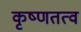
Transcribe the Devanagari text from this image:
कृष्णतत्व